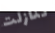
تنازلت